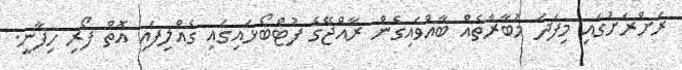
ރަށްރަށުގައި މިފަދަ މުބާރާތެއް ބާއްވައިގެން ރާއްޖޭގެ ފުޓްބޯޅައިގައި ގެއްލިފައި އޮތް ފޯރި ހިފާނީ.